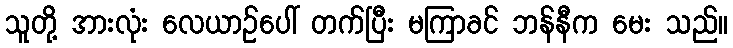
သူတို့ အားလုံး လေယာဉ်ပေါ် တက်ပြီး မကြာခင် ဘန်နီက မေး သည်။